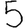
Digit: 5